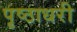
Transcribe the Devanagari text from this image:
पृष्ठाधरी